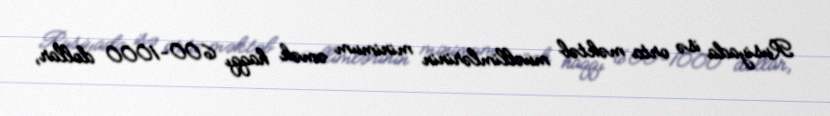
Rusiyada isə orta məktəb müəllimlərinin minimum əmək haqqı 600-1000 dollar,